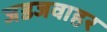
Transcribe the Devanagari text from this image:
जडजवाहर